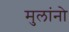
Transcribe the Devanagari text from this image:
मुलांनो